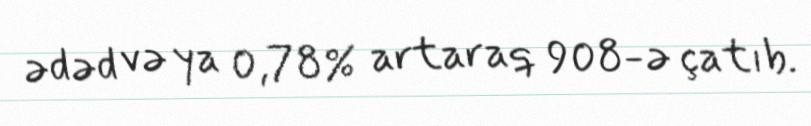
ədəd və ya 0,78% artaraq 908-ə çatıb.